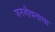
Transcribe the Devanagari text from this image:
जनजीवनाचा